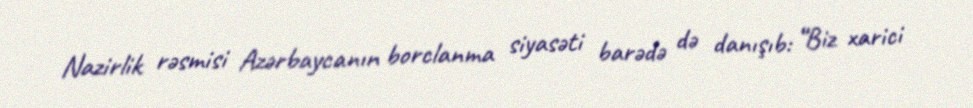
Nazirlik rəsmisi Azərbaycanın borclanma siyasəti barədə də danışıb: “Biz xarici